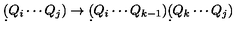
\d ( Q _ { i } \cdots Q _ { j } ) \to \d ( Q _ { i } \cdots Q _ { k - 1 } ) \d ( Q _ { k } \cdots Q _ { j } )